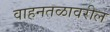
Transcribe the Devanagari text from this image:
वाहनतळावरील